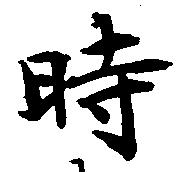
時